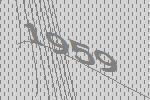
1959